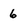
Character: 6